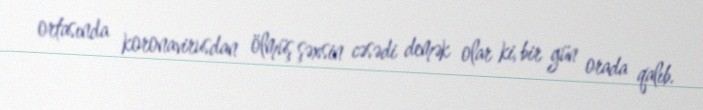
ortasında koronavirusdan ölmüş şəxsin cəsədi demək olar ki, bir gün orada qalıb.